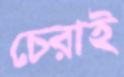
চেরাই